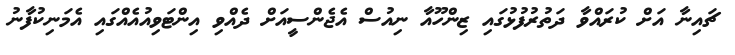
ޗައިނާ އަށް ކުރައްވާ ދަތުރުފުޅުގައި ޒިންހޫއާ ނިއުސް އެޖެންސީއަށް ދެއްވި އިންޓަވިއުއެއްގައި އެމަނިކުފާނު